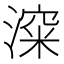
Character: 𰜿